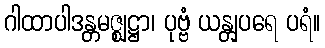
ဂါထာပါဒန္တမဇ္ဈဋ္ဌာ၊ ပုဗ္ဗံ ယန္တျပရေ ပရံ။